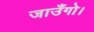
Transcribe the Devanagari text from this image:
जाउँगो।